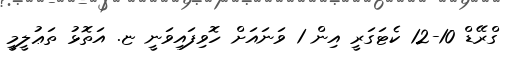
ގްރޭޑް 10-12 ކެޓަގަރީ އިން 1 ވަނައަށް ހޮވިފައިވަނީ ޏ. އަތޮޅު ތަޢުލީމީ